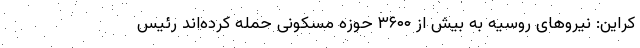
کراین: نیروهای روسیه به بیش از ۳۶۰۰ حوزه مسکونی حمله کرده‌اند رئیس